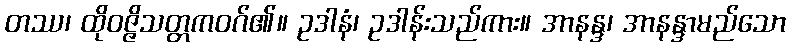
တဿ၊ ထိုဝဇ္ဇိသတ္တကဝဂ်၏။ ဥဒါနံ၊ ဥဒါန်းသည်ကား။ အာနန္ဒ၊ အာနန္ဒာမည်သော